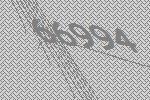
66994